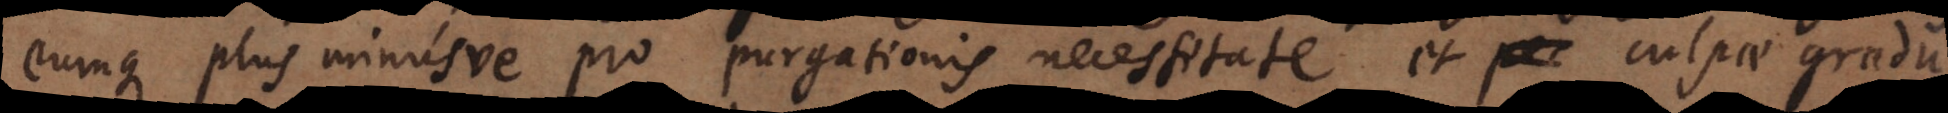
eumque plus minusve pro purgationis necessitate et culpae gradu